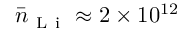
\bar { n } _ { \mathrm { ~ L ~ i ~ } } \approx 2 \times 1 0 ^ { 1 2 }